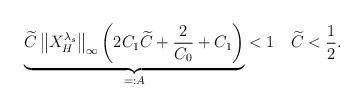
LaTeX: \begin{align*} \underbrace{\widetilde{C}\left\|X^{\lambda_s}_H\right\|_\infty\left(2C_1\widetilde{C}+\frac{2}{C_0}+C_1\right)}_{=:A}<1\quad \widetilde{C}<\frac12.\end{align*}